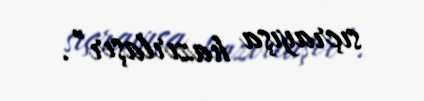
sıçrayışa hazırlaşır”.